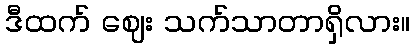
ဒီထက် ဈေး သက်သာတာရှိလား။